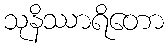
သုနိဿာရိတော